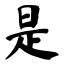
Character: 是